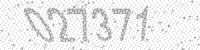
Solution: 027371